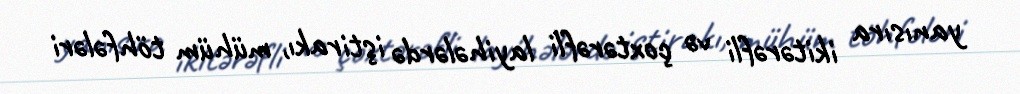
yanısıra ikitərəfli və çoxtərəfli layihələrdə iştirakı, mühüm töhfələri